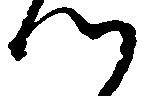
つ